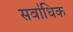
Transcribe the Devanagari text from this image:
सवा॑धिक